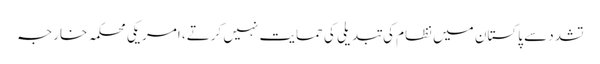
تشدد سے پاکستان میں نظام کی تبدیلی کی حمایت نہیں کرتے، امریکی محکمہ خارجہ